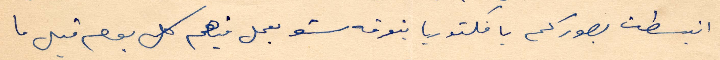
انبسطت بصوركم يا فكتوريا بنوته شو بعمل فيهم كل يوم قبل ما